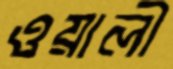
ওয়ালী